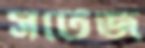
সর্টেজ